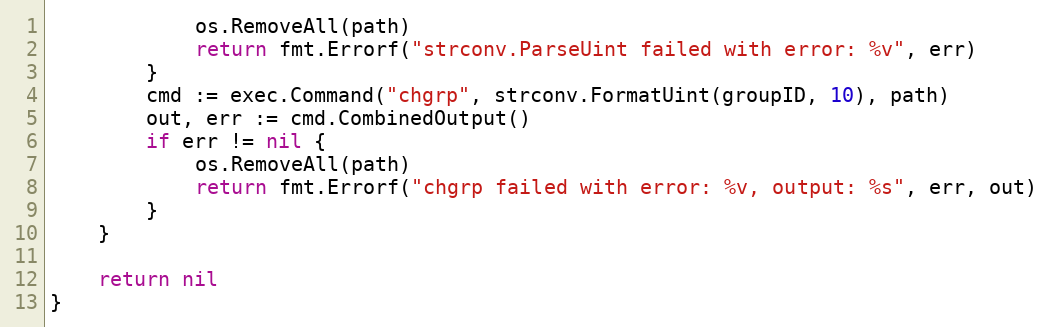
Language: Go
			os.RemoveAll(path)
			return fmt.Errorf("strconv.ParseUint failed with error: %v", err)
		}
		cmd := exec.Command("chgrp", strconv.FormatUint(groupID, 10), path)
		out, err := cmd.CombinedOutput()
		if err != nil {
			os.RemoveAll(path)
			return fmt.Errorf("chgrp failed with error: %v, output: %s", err, out)
		}
	}

	return nil
}